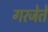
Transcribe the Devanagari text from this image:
गरजेते